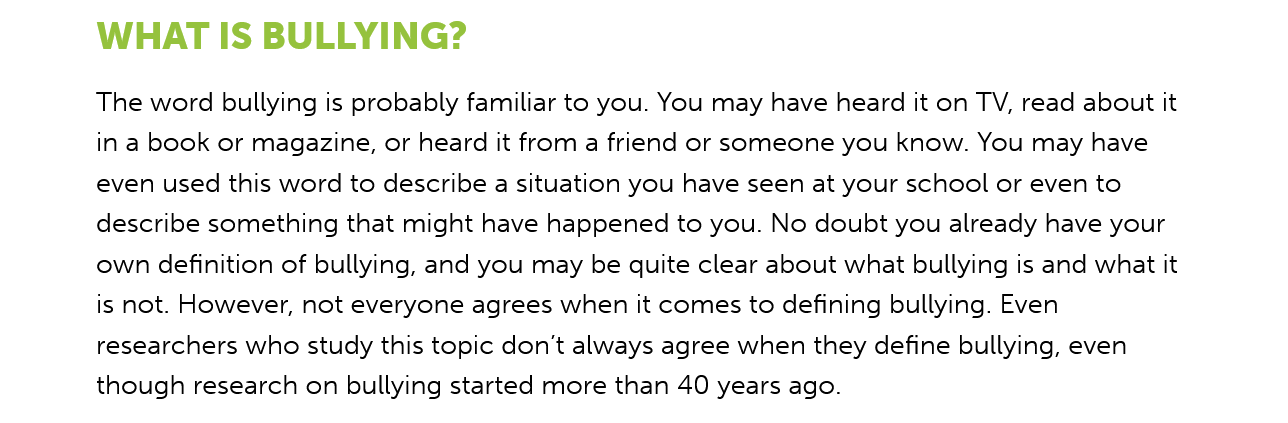
WHAT  IS   BULLYING?
     The word bullying is probably familiar to you. You may have heard it on TV, read about it
     in a book or magazine, or heard it from a friend or someone you know. You may have
     even used this word to describe a situation you have seen at your school or even to
     describe something that might have happened to you. No doubt you already have your
     own definition of bullying, and you may be quite clear about what bullying is and what it
     is not. However, not everyone agrees when it comes to defining bullying. Even
     researchers who study this topic don’t always agree when they define bullying, even
     though research on bullying started more than 40 years ago.